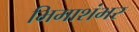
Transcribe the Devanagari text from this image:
भिमाशंभर